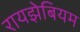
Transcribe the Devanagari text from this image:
रायझेबियम